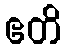
ဧတိ